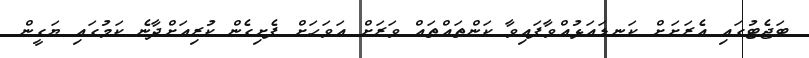
ބަޖެޓުގައި އެރަށަށް ކަނޑައަޅުއްވާފައިވާ ކަންތައްތައް ވަރަށް އަވަހަށް ފެށިގެން ކުރިއަށްދާނެ ކަމުގައި ޔަގީން